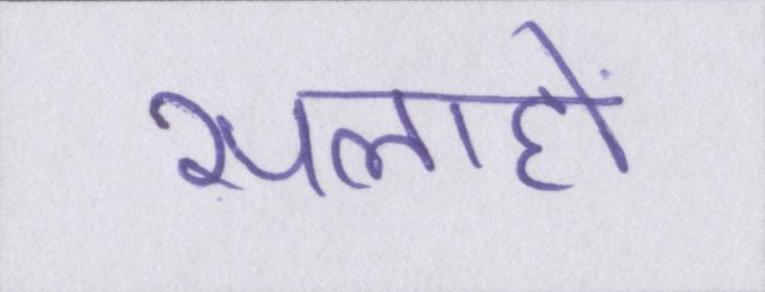
सलाहों